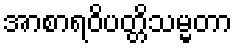
အာစာရဝိပတ္တိသမ္မတာ